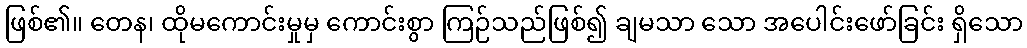
ဖြစ်၏။ တေန၊ ထိုမကောင်းမှုမှ ကောင်းစွာ ကြဉ်သည်ဖြစ်၍ ချမသာ သော အပေါင်းဖော်ခြင်း ရှိသော